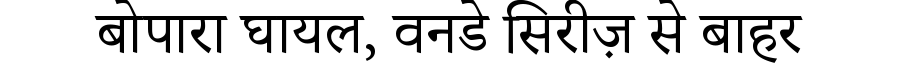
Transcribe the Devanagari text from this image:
बोपारा घायल, वनडे सिरीज़ से बाहर